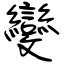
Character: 變